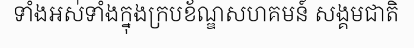
ទាំងអស់ទាំងក្នុងក្របខ័ណ្ឌសហគមន៍ សង្គមជាតិ